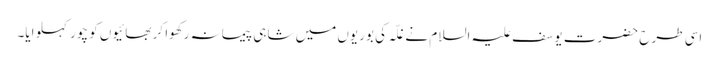
اسی طرح حضرت یوسف علیہ السلام نے غلّہ کی بوریوں میں شاہی پیمانہ رکھوا کر بھائیوں کو چور کہلوایا۔